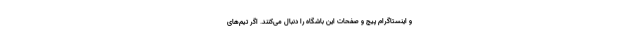
و اینستاگرام پیج و صفحات این باشگاه را دنبال می‌کنند. اگر تیم‌های